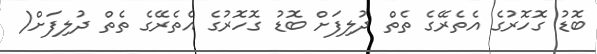
ބޮޑު ގޮހޮރުގެ އެތެރޭގެ ތެތް ދުލިފަށް ބޮޑު ގޮހޮރުގެ އެތެރޭގެ ތެތް ދުލިފަށް(